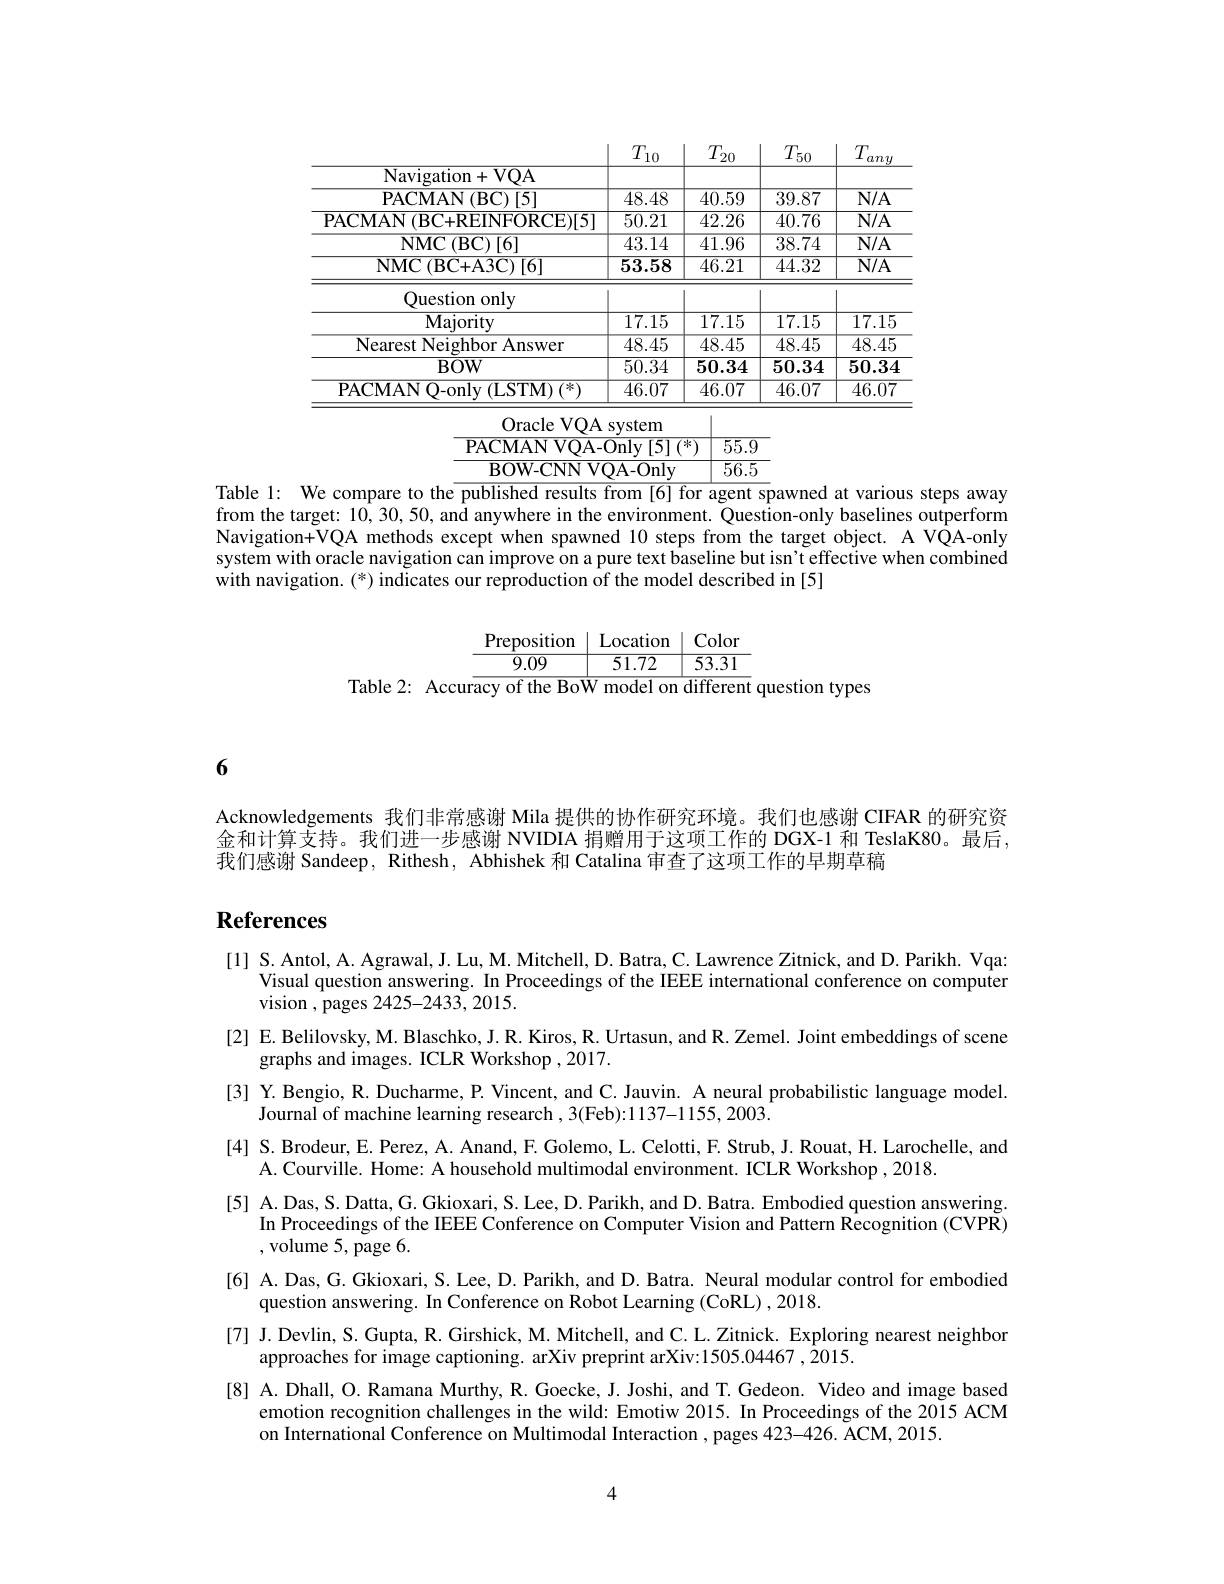
<table>
	<tbody>
		<tr>
			<th> </th>
			<th>$T_{10}$ .</th>
			<th>$T_{20}$</th>
			<th>$T_{50}$</th>
			<th>$T_{\epsilon}$ any</th>
		</tr>
		<tr>
			<td>Navigation+ VQA</td>
			<td> </td>
			<td> </td>
			<td> </td>
			<td> </td>
		</tr>
		<tr>
			<td>PACMAN$\left ( \mathrm{BC}\right ) [ 5$</td>
			<td>$\overline{48.48}$</td>
			<td>$\overline{40.59}$</td>
			<td>39.87</td>
			<td>$\overline{\mathrm{N/A}}$</td>
		</tr>
		<tr>
			<td>$\overline{{\mathrm{PACMAN~(BC+REINFORCE)[5]}}}$</td>
			<td>50.21</td>
			<td>42.26</td>
			<td>40.76</td>
			<td>$\overline{\mathrm{N/A}}$</td>
		</tr>
		<tr>
			<td>NMC$\left ( \mathrm{BC}\right ) [ 6$</td>
			<td>$\overline{43.14}$</td>
			<td>$\overline{41.96}$</td>
			<td>$\overline{38.74}$</td>
			<td>$\overline{\mathrm{N/A}}$</td>
		</tr>
		<tr>
			<td>NMC$\left ( \mathrm{BC+ A3C}\right ) [ 6]$</td>
			<td>53.58</td>
			<td>46.21</td>
			<td>44.32</td>
			<td>$\overline{\mathrm{N/A}}$</td>
		</tr>
		<tr>
			<td>Ouestion onlv</td>
			<td> </td>
			<td> </td>
			<td> </td>
			<td> </td>
		</tr>
		<tr>
			<td>Majority</td>
			<td>17.15</td>
			<td>17.15</td>
			<td>17.15</td>
			<td>$\overline{17.15}$</td>
		</tr>
		<tr>
			<td>Nearest Neighbor Answer</td>
			<td>$\overline{48.45}$</td>
			<td>48.45</td>
			<td>$\overline{48.45}$</td>
			<td>$\overline{48.45}$</td>
		</tr>
		<tr>
			<td>$BOW$</td>
			<td>50.34</td>
			<td>50.34</td>
			<td>50.34</td>
			<td>50.34</td>
		</tr>
		<tr>
			<td>PACMAN O-onlv (LSTM) (*)</td>
			<td>46.07</td>
			<td>$\overline{46.07}$</td>
			<td>$\overline{46.07}$</td>
			<td>46.07</td>
		</tr>
	</tbody>
</table>

Oracle VQA system
$\boxed{\text{PACMAN VQA- Only [ 5] ( * ) }}$ 55.9
$\overline{{\mathrm{BOW-CNN~VQA-Only}}}$
$\begin{array}{c|c}\hline56.5\\\hline\end{array}$

Table 1: We compare to the published results from [6] for agent spawned at various steps away from the target: 10,30,50, and anywhere in the environment. Question-only baselines outperform Navigation+VQA methods except when spawned 10 steps from the target object. A VQA-only system with oracle navigation can improve on a pure text baseline but isn't effective when combined with navigation. (*) indicates our reproduction of the model described in [5]

Preposition $\mid$ Location $\mid$ Color
$\begin{array}{cc|cc}{9.09}&{51.72}&{53.31}\end{array}$
Table 2: Accuracy of the BoW model on different question types

6

Acknowledgements 我们非常感谢 Mila 提供的协作研究环境。我们也感谢 CIFAR 的研究资金和计算支持。我们进一步感谢 NVIDIA 捐赠用于这项工作的 DGX-1 和 TeslaK80。最后， 我们感谢 Sandeep, Rithesh, Abhishek 和 Catalina 审查了这项工作的早期草稿

## $\textbf{References}$

[1] S. Antol, A. Agrawal, J. Lu, M. Mitchell, D. Batra, C. Lawrence Zitnick, and D. Parikh. Vqa:
Visual question answering. In Proceedings of the IEEE international conference on computer
vision , pages 2425-2433, 2015.
[2] E. Belilovsky, M. Blaschko, J. R. Kiros, R. Urtasun, and R. Zemel. Joint embeddings of scene
graphs and images. ICLR Workshop , 2017.
[3] Y. Bengio, R. Ducharme, P. Vincent, and C. Jauvin. A neural probabilistic language model.
Journal of machine learning research , 3(Feb):1137-1155, 2003.
[4] S. Brodeur, E. Perez, A. Anand, F. Golemo, L. Celotti, F. Strub, J. Rouat, H. Larochelle, and
A. Courville. Home: A household multimodal environment. ICLR Workshop ,2018.
[5] A.Das, S. Datta, G. Gkioxari, S. Lee, D. Parikh, and D. Batra. Embodied question answering.
In Proceedings of the IEEE Conference on Computer Vision and Pattern Recognition (CVPR)
,volume 5, page 6.
[6] A. Das, G. Gkioxari, S. Lee, D. Parikh, and D. Batra. Neural modular control for embodied
question answering. In Conference on Robot Learning (CoRL) ,2018.
[7] J. Devlin, S. Gupta, R. Girshick, M. Mitchell, and C. L. Zitnick. Exploring nearest neighbor
approaches for image captioning. arXiv preprint arXiv:1505.04467 , 2015.
[8] A. Dhall, O. Ramana Murthy, R. Goecke, J. Joshi, and T. Gedeon. Video and image based
emotion recognition challenges in the wild: Emotiw 2015. In Proceedings of the 2015 ACM
on International Conference on Multimodal Interaction , pages 423-426. ACM, 2015.

4